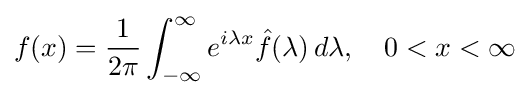
f(x)={\frac {1}{2\pi }}\int _{-\infty }^{\infty }e^{i\lambda x}{\hat {f}}(\lambda )\,d\lambda ,\quad 0<x<\infty